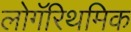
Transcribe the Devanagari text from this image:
लोगॅरिथमिक